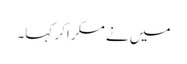
میں نے مسکراکر کہا۔